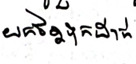
យកចិត្តទុកដាក់